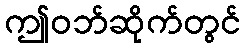
ဤဝဘ်ဆိုက်တွင်